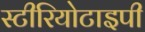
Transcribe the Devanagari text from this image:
स्‍टीरियोटाइपी